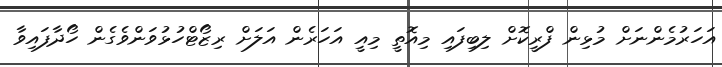
އަހަރުމެންނަށް މުޅިން ފްރީކޮށް ލިބިފައި މިއޮތީ މިއީ އަހަރެން އަލަށް ރިޒޯޓްހުޅުވަންވެގެން ހޯދާފައިވާ